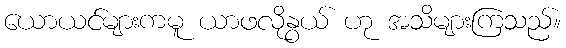
ယောယင်များကမူ ယာဖလိုနွယ် ဟု အသိများကြသည်။